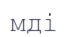
мді